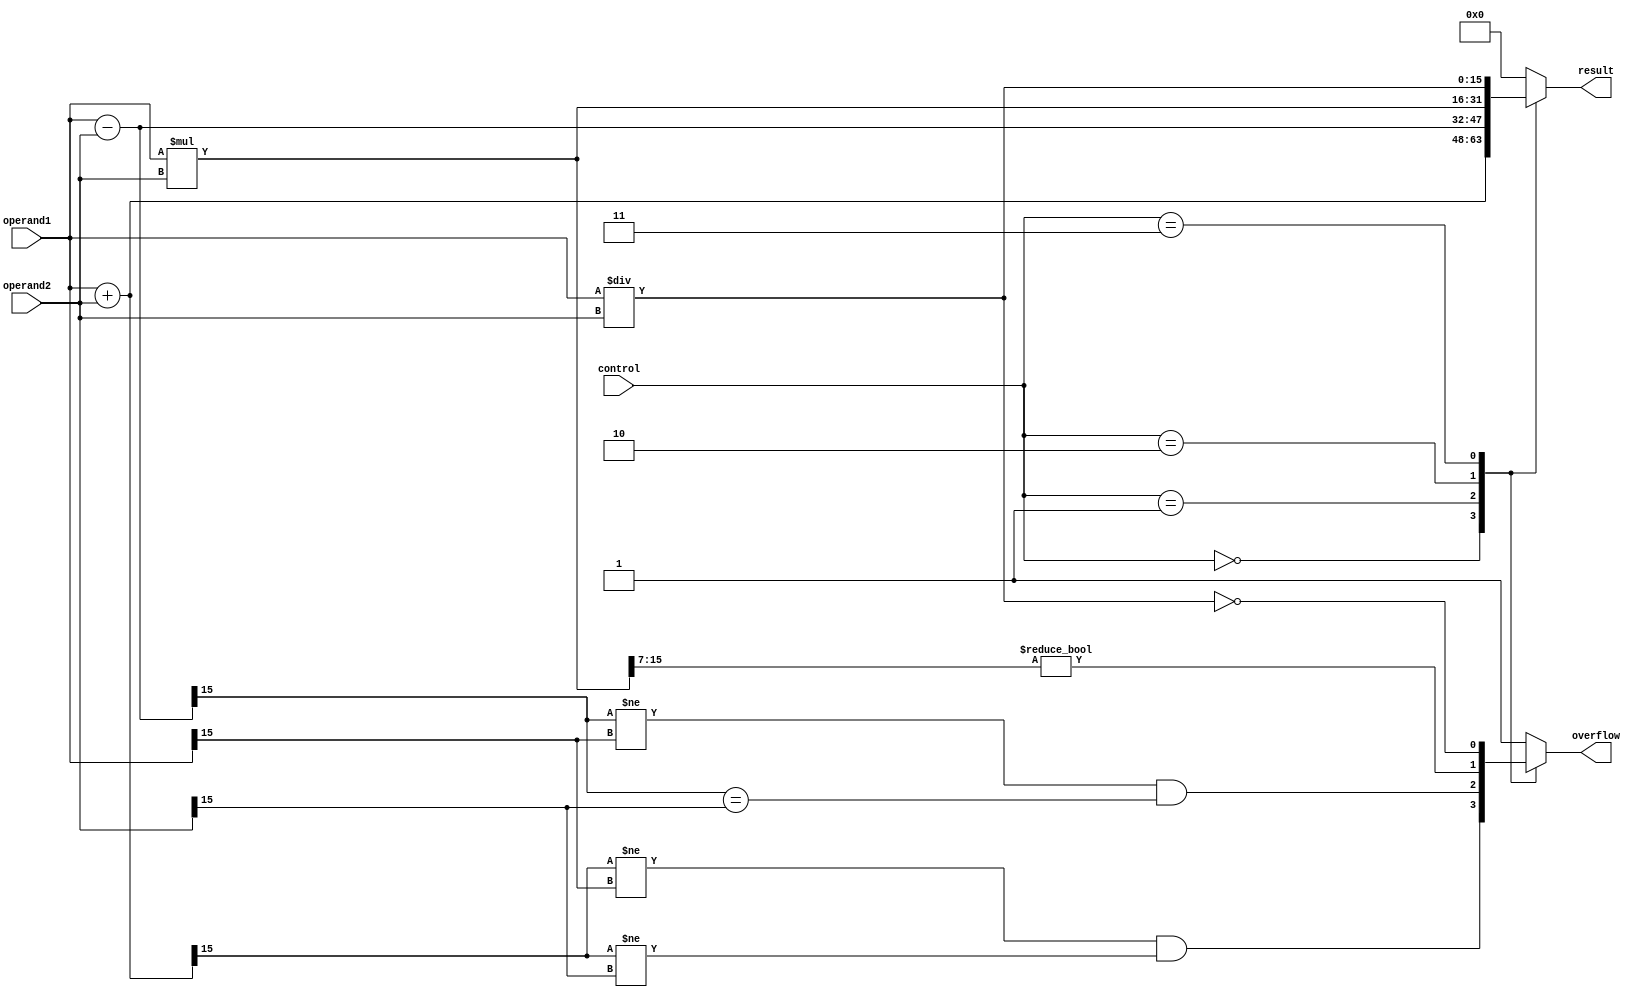
module ALU(
  input [15:0] operand1,
  input [15:0] operand2,
  input [3:0] control,
  output reg [15:0] result,
  output reg overflow
);

always @(*)
begin
  case(control)
    4'b0000: begin // Addition
      result = operand1 + operand2;
      overflow = (result[15] != operand1[15] && result[15] != operand2[15]);
    end
    4'b0001: begin // Subtraction
      result = operand1 - operand2;
      overflow = (result[15] != operand1[15] && result[15] == operand2[15]);
    end
    4'b0010: begin // Multiplication
      result = operand1 * operand2;
      overflow = (result[15:7] != 8'b0);
    end
    4'b0011: begin // Division
      result = operand1 / operand2;
      overflow = (result == 16'b0);
    end
    default: begin // Invalid operation
      result = 16'b0;
      overflow = 1'b1;
    end
  endcase
end

endmodule